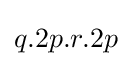
q.2p.r.2p